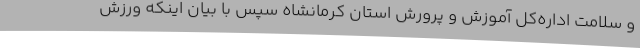
و سلامت اداره‌کل آموزش و پرورش استان کرمانشاه سپس با بیان اینکه ورزش